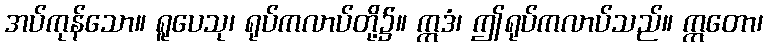
အပ်ကုန်သော။ ရူပေသု၊ ရုပ်ကလာပ်တို့၌။ ဣဒံ၊ ဤရုပ်ကလာပ်သည်။ ဣတော၊